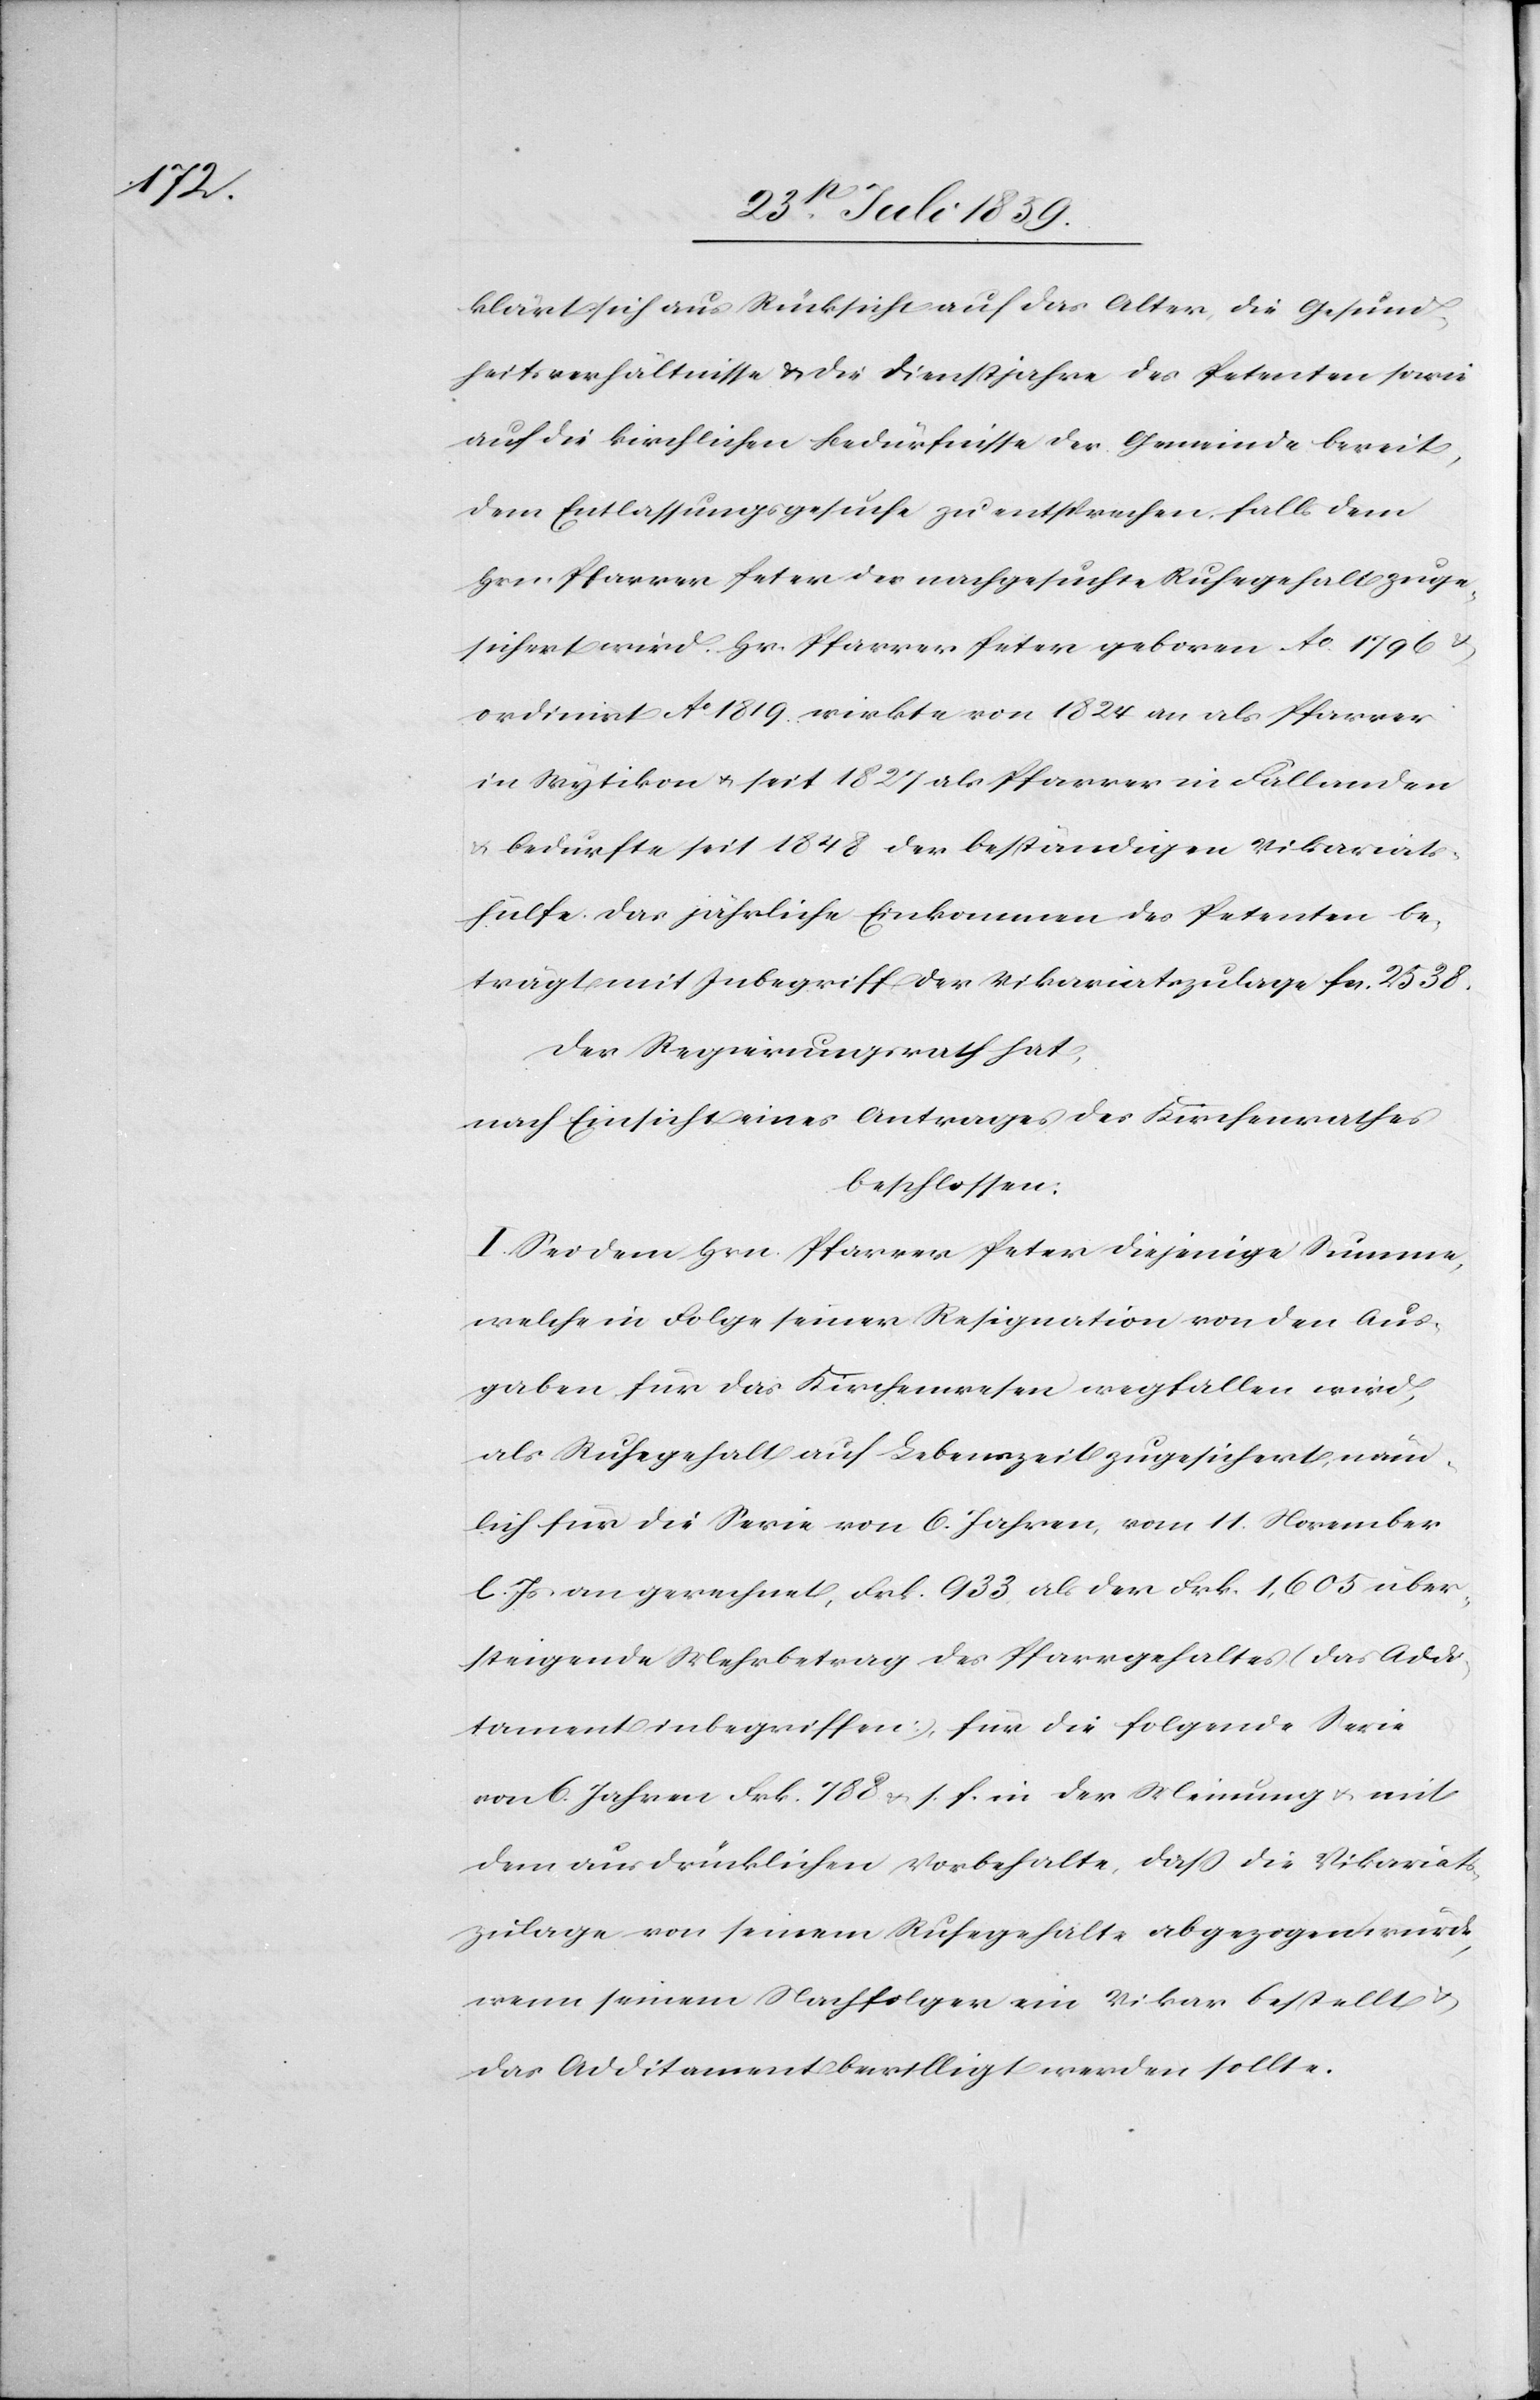
klärt sich aus Rücksicht auf das Alter, die Gesund¬
heitsverhältnisse u. die Dienstjahre des Petenten sowie
auf die kirchlichen Bedürfnisse der Gemeinde bereit,
dem Entlassungsgesuche zu entsprechen, falls dem
Hrn. Pfarrer Peter der nachgesuchte Ruhegehalt zuge¬
sichert wird. Hr. Pfarrer Peter geboren Ao. 1796 u.
ordinirt Ao. 1819. wirkte von 1824 an als Pfarrer
in Wytikon u. seit 1827 als Pfarrer in Fällanden
u. bedurfte seit 1848 der beständigen Vikariats¬
hülfe. Das jährliche Einkommen des Petenten be¬
trägt mit Inbegriff der Vikariatszulage fcs. 2538.
Der Regierungsrath hat,
nach Einsicht eines Antrages des Kirchenrathes
beschlossen:
I. Sei dem Hrn. Pfarrer Peter diejenige Summe,
welche in Folge seiner Resignation von den Aus¬
gaben für das Kirchenwesen wegfallen wird,
als Ruhegehalt auf Lebenszeit zugesichert, neu¬
lich für die Serie von 6. Jahren, vom 11. November
l. Js. an gerechnet, Frk. 933, als der Frk. 1,605 über¬
steigende Mehrbetrag des Pfarrgehaltes (das Addi¬
tament inbegriffen) für die folgende Serie
von 6. Jahren Frk. 788 u. s. f. in der Meinung u. mit
dem ausdrücklichen Vorbehalte, daß die Vikariats¬
zulage von seinem Ruhegehalte abgezogen würde,
wenn seinem Nachfolger ein Vikar bestellt u.
das Additament bewilligt werden sollte.